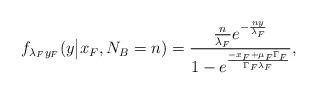
LaTeX: \begin{align*}f_{\lambda_F y_F}(y\big{|}x_F,N_B=n)=\frac{\frac{n}{\lambda_F} e^{-\frac{n y}{\lambda_F}}}{1-e^{\frac{-x_F+\mu_F\Gamma_F}{\Gamma_F \lambda_F}}},\end{align*}